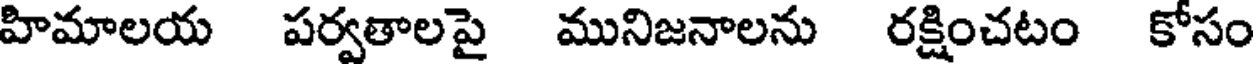
హిమాలయ పర్వతాలపై మునిజనాలను రక్షించటం కోసం